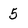
Character: 5